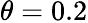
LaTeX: \theta=0.2